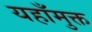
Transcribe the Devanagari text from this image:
यहाँमुक्त